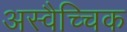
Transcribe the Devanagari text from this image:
अस्वैच्चिक